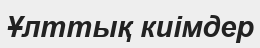
Ұлттық киімдер